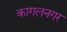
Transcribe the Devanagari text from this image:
कागलनगर